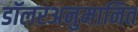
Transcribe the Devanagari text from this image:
डॉलरअनुमानित